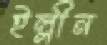
ইল্লীন